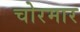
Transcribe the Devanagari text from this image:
चोरमार